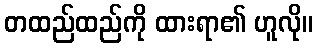
တထည်ထည်ကို ထားရာ၏ ဟူလို။